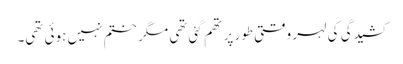
کشیدگی کی لہر وقتی طور پر تھم گئی تھی مگر ختم نہیں ہوئی تھی۔